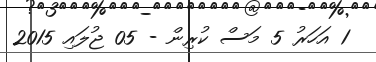
1 އަހަރު 5 މަސް ކުރިން - 05 ޖުލައި 2015